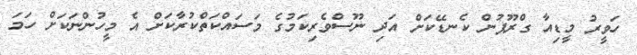
ހަވީރު މީޑިއާ ގްރޫޕުން ކެނޑޭކަށް އަދި ނޫސްވެރިކަމުގެ މަސައްކަތްކުރާކަށް އެ މީހުންނަކަށް ހަމަ